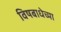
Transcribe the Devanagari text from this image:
विषबाधेच्या